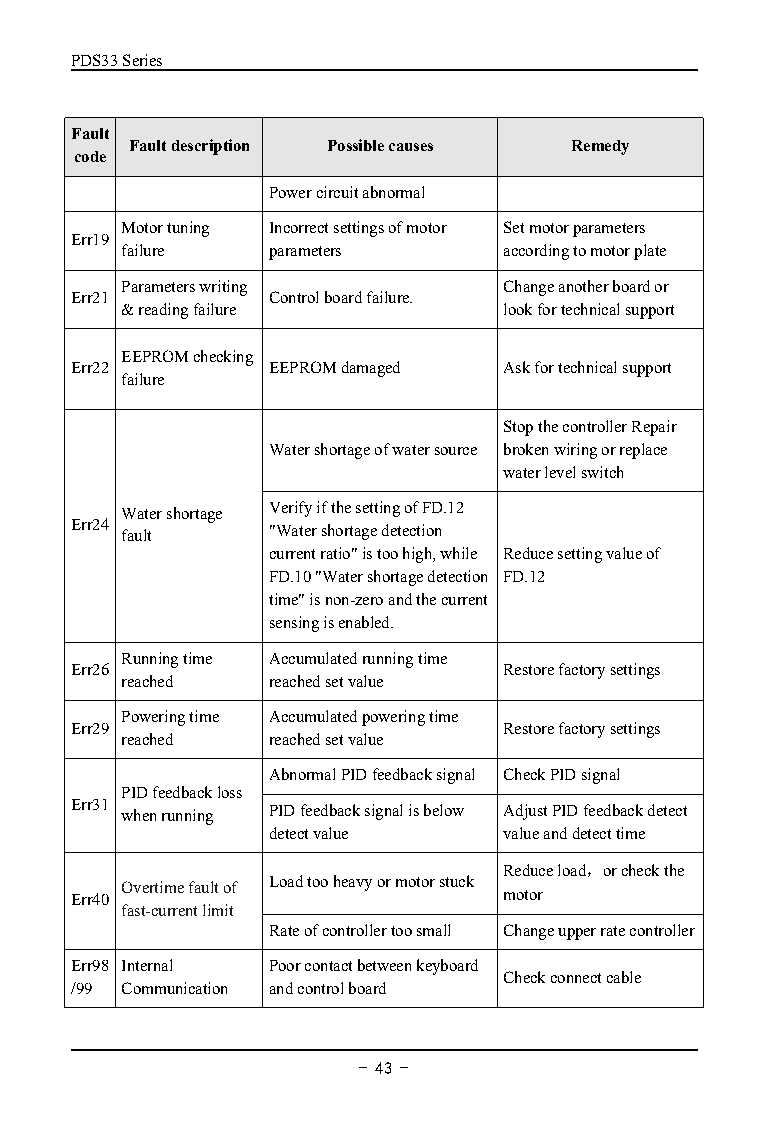
PDS33Series
 Fault
 Faultdescription Possiblecauses Remedy
 code
 Powercircuitabnormal
 Motortuning Incorrectsettingsofmotor Setmotorparameters
 Err19
 failure   parameters     accordingtomotorplate
 Parameterswriting        Changeanotherboardor
 Err21        Controlboardfailure.
 &readingfailure          lookfortechnicalsupport
 EEPROMchecking
 Err22        EEPROMdamaged  Askfortechnicalsupport
 failure
 StopthecontrollerRepair
 Watershortageofwatersource brokenwiringorreplace
 waterlevelswitch
 Watershortage VerifyifthesettingofFD.12
 Err24 fault  "Watershortagedetection
 currentratio"istoohigh,while Reducesettingvalueof
 FD.10"Watershortagedetection FD.12
 time"isnon-zeroandthecurrent
 sensingisenabled.
 Runningtime Accumulatedrunningtime
 Err26                       Restorefactorysettings
 reached   reachedsetvalue
 Poweringtime Accumulatedpoweringtime
 Err29                       Restorefactorysettings
 reached   reachedsetvalue
 AbnormalPIDfeedbacksignal CheckPIDsignal
 PIDfeedbackloss
 Err31 whenrunning PIDfeedbacksignalisbelow AdjustPIDfeedbackdetect
 detectvalue    valueanddetecttime
 Reduceload，orcheckthe
 Overtimefaultof Loadtooheavyormotorstuck
 Err40                       motor
 fast-currentlimit
 Rateofcontrollertoosmall Changeupperratecontroller
 Err98 Internal Poorcontactbetweenkeyboard
 Checkconnectcable
 /99 Communication andcontrolboard
 - 43 -